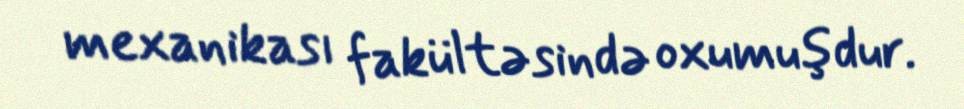
mexanikası fakültəsində oxumuşdur.